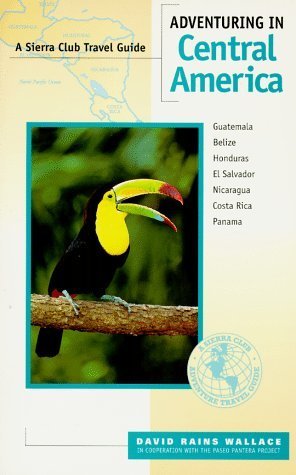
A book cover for Adventuring in Central America: Guatemala, Belize, El Salvador, Honduras, Nicaragua, Costa Rica, Panama (Sierra Club Adventure Travel Guides) by Wallace, David Rains (1995) Paperback; David Rains Wallace; Travel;